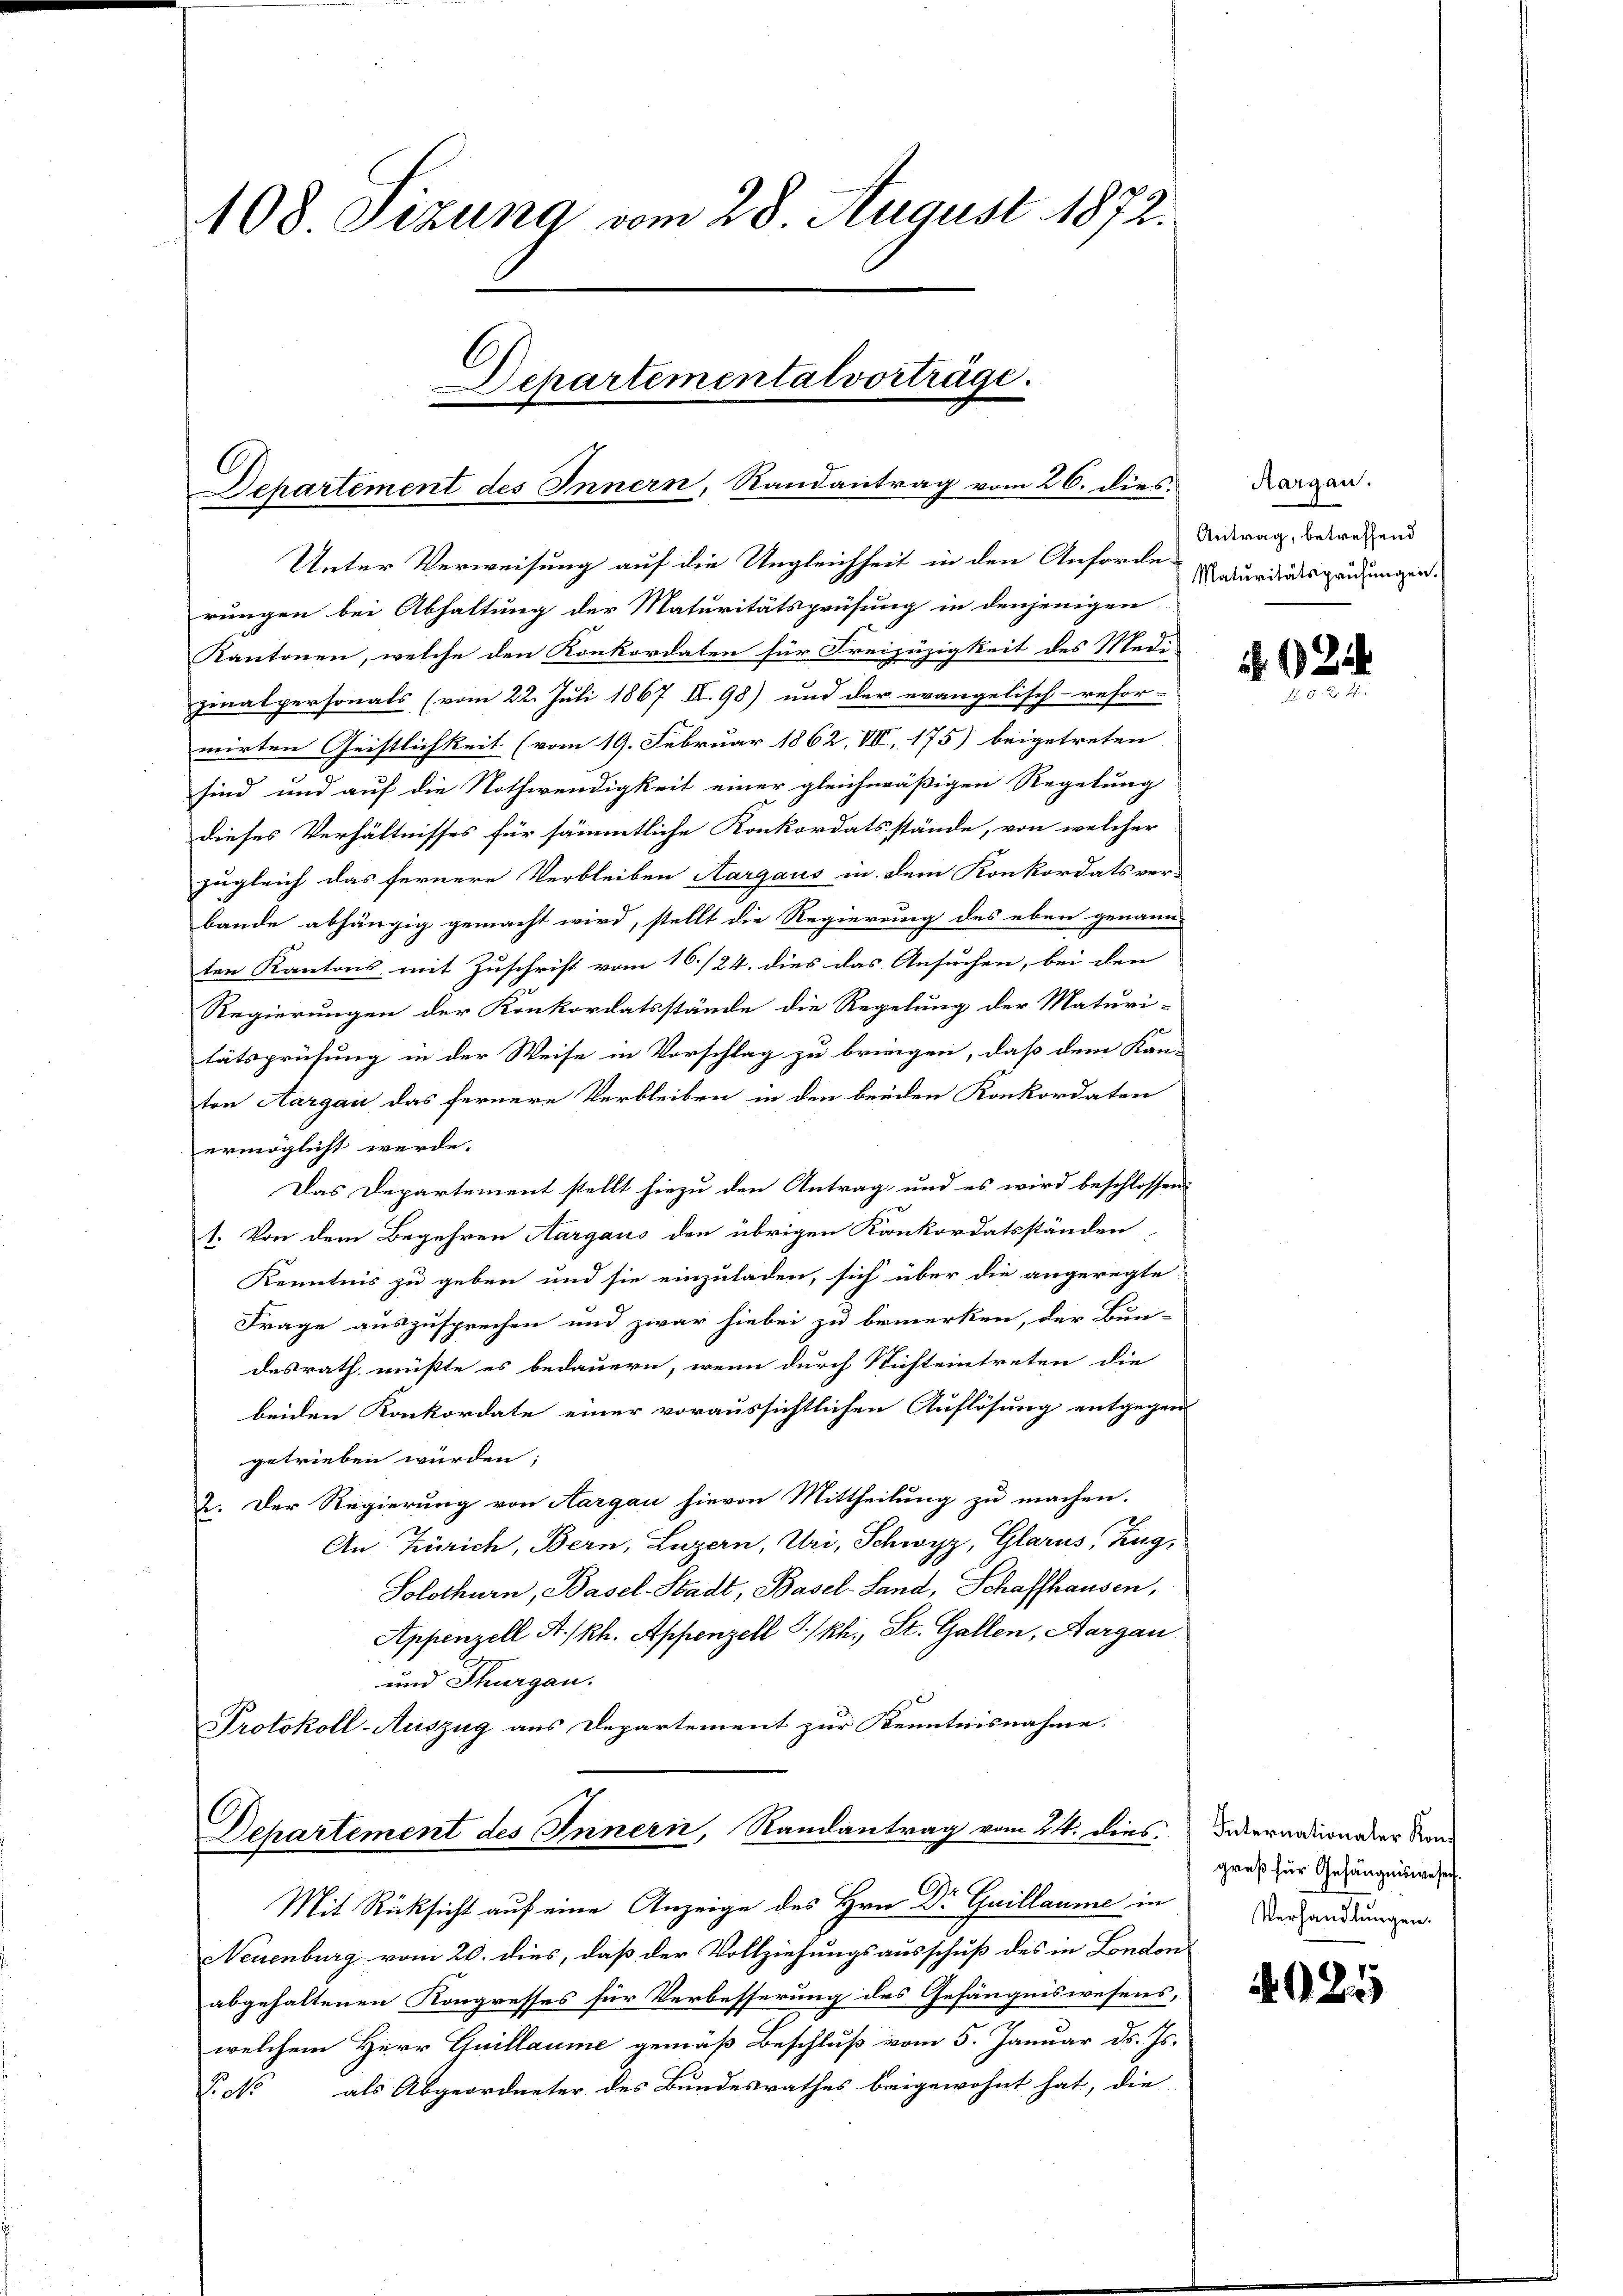
108. Sizung vom 28. August 1872.
Departementatvorträge.
d

Departement des Innern, Randantrag vom 26. dies
Unter Verweisung auf die Ungleichheit in den Anforderungen bei Abhaltung der Maturitätsprüfung in denjenigen
Kantonen, welche den Konkordaten für Freizügigkeit des Stad-

zinalpersonals (vom 22. Juli 1867 II. 98) und der evangelisch-refor-
mirten Geistlichkeit (vom 19. Februar 1862, VII, 175) beigetreten
sind und auf die Nothwendigkeit einer gleichmäßigen Regelung
dieses Verhältnisses für sämmtliche Konkordatsstände, von welcher
zugleich das fernere Verbleiben Aargaus in dem Konkordats ver-
bande abhängig gemacht wird, stellt die Regierung des eben genann-
ten Kantons mit Zuschrift vom 16./24. dies das Ansuchen, bei den
Regierungen der Konkordatsstände die Regelung der Maturi-
tätsprüfung in der Weise in Vorschlag zu bringen, daß dem Kan-
ton Aargau das fernere Verbleiben in den beiden Konkordaten
ermöglicht werde.
Das Departement stellt hiezu den Antrag und es wird beschlossen:
1. Von dem Begehren Aargaus den übrigen Konkordatsständen
Kenntnis zu geben und sie einzuladen, sich über die angeregte
Frage auszusprechen und zwar hiebei zu bemerken, der Bun
desrath müßte es bedauern, wenn durch Nichteintreten die
beiden Konkordate einer voraussichtlichen Auflösung entgegen
getrieben würden;
2. Der Regierung von Aargau hievon Mittheilung zu machen.
An Zürich, Bern, Luzern, Uri, Schwyz, Glarus, Zug,
Solothurn, Basel-Stadt, Basel-Land, Schaffhausen,
Appenzell A/Rh. Appenzell I/Rh., St. Gallen, Aargau
und Thurgau.
Protokoll-Auszug aus Departement zur Kenntnisnahme.
Departement des Innern, Randantrag vom 24. dies Dekernationaler Kon-

Aargau.
Antrag, betreffend
Maturitätsprüfungen.

Mit Rücksicht auf eine Anzeige des Hrn. Dr Guillaume in
Neuenburg vom 20. dies, daß der Vollziehungsausschuß des in London
abgehaltenen Kongresses für Verbesserung des Gefängniswesens,
welchem Herr Guillaume gemäß Beschluß vom 5. Januar d. Js.
Victo als Abgeordneter des Bundesrathes beigewohnt hat, die

Fr 82.

greß für Gefängniswesen
Verhandlungen.

4025